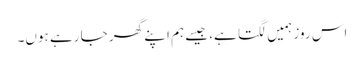
اس روز ہمیں لگتا ہے، جیسے ہم اپنے گھر جا رہے ہوں۔